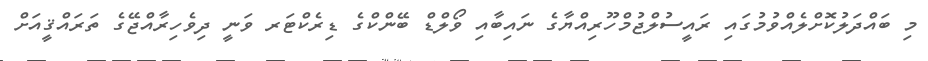
މި ބައްދަލުކޮށްލެއްވުމުގައި ރައީސުލްޖުމްހޫރިއްޔާގެ ނައިބާއި ވޯލްޑް ބޭންކްގެ ޑިރެކްޓަރ ވަނީ ދިވެހިރާއްޖޭގެ ތަރައްޤީއަށް